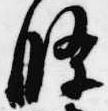
条